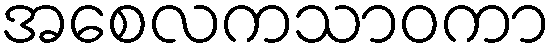
အစေလကသာဝကာ